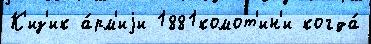
К'из'ик а́рм'иjи 1881комот'ин'и когда́